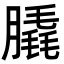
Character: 膬